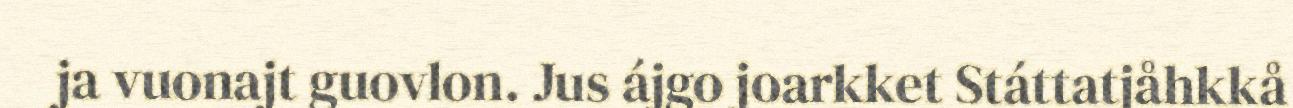
ja vuonajt guovlon. Jus ájgo joarkket Státtatjåhkkå